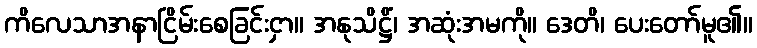
ကိလေသာအနာငြိမ်းစေခြင်းငှာ။ အနုသိဋ္ဌိံ၊ အဆုံးအမကို။ ဒေတိ၊ ပေးတော်မူ၏။